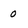
Character: 0